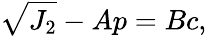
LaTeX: \sqrt{J_{2}}-Ap=Bc,